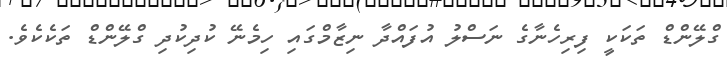
ގްލޭންޑް ތަކަކީ ފިރިހެނާގެ ނަސްލު އުފައްދާ ނިޒާމްގައި ހިމެނޭ ކުދިކުދި ގްލޭންޑް ތަކެކެވެ.